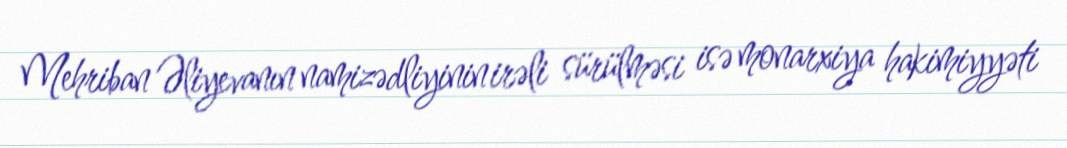
Mehriban Əliyevanın namizədliyinin irəli sürülməsi isə monarxiya hakimiyyəti